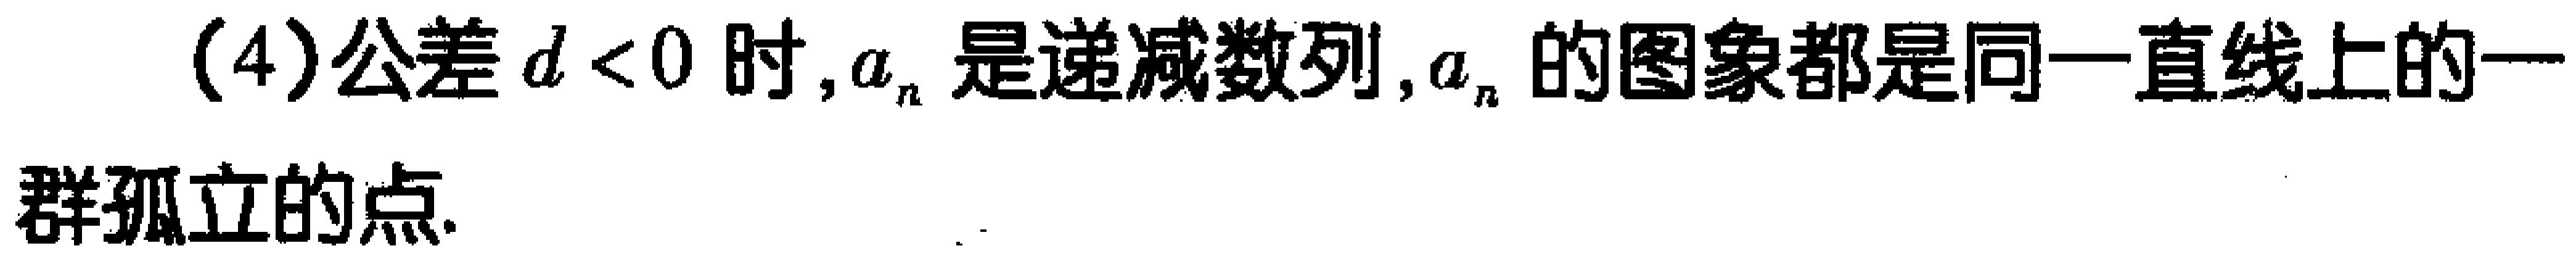
(4)公差\(d < 0\)时,\(a_{n}\)是递减数列,\(a_{n}\)的图象都是同一直线上的一群孤立的点.